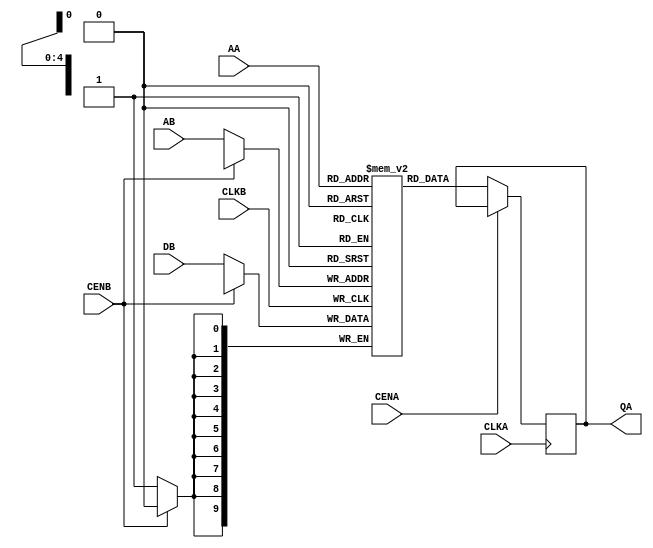
//////////////////////////////////////////////////////////////////////
////                                                              ////
////  Tubo 8051 cores common library Module                       ////
////                                                              ////
////  This file is part of the Turbo 8051 cores project           ////
////  http://www.opencores.org/cores/turbo8051/                   ////
////                                                              ////
////  Description                                                 ////
////  Turbo 8051 definitions.                                     ////
////                                                              ////
////  To Do:                                                      ////
////    nothing                                                   ////
////                                                              ////
////  Author(s):                                                  ////
////      - Dinesh Annayya, dinesha@opencores.org                 ////
////                                                              ////
//////////////////////////////////////////////////////////////////////
////                                                              ////
//// Copyright (C) 2000 Authors and OPENCORES.ORG                 ////
////                                                              ////
//// This source file may be used and distributed without         ////
//// restriction provided that this copyright statement is not    ////
//// removed from the file and that any derivative work contains  ////
//// the original copyright notice and the associated disclaimer. ////
////                                                              ////
//// This source file is free software; you can redistribute it   ////
//// and/or modify it under the terms of the GNU Lesser General   ////
//// Public License as published by the Free Software Foundation; ////
//// either version 2.1 of the License, or (at your option) any   ////
//// later version.                                               ////
////                                                              ////
//// This source is distributed in the hope that it will be       ////
//// useful, but WITHOUT ANY WARRANTY; without even the implied   ////
//// warranty of MERCHANTABILITY or FITNESS FOR A PARTICULAR      ////
//// PURPOSE.  See the GNU Lesser General Public License for more ////
//// details.                                                     ////
////                                                              ////
//// You should have received a copy of the GNU Lesser General    ////
//// Public License along with this source; if not, download it   ////
//// from http://www.opencores.org/lgpl.shtml                     ////
////                                                              ////
//////////////////////////////////////////////////////////////////////

module sfifo (QA,CLKA,CENA,AA,CLKB,CENB,AB,DB);

parameter  DW  = 10; // Data Width
parameter  AW  = 5;  // Address Width
parameter  FW  = 32; // FIFO DEPTH

output [DW-1:0] QA;

input           CLKA;
input           CENA;
input [AW-1:0]  AA;
input           CLKB;
input           CENB;
input [AW-1:0]  AB;
input [DW-1:0]  DB;

reg [DW-1:0] QA;
reg [DW-1:0] ram [FW-1:0];

always @ (posedge CLKB)
begin
  if (!CENB)
    ram[AB] <= DB;
end

always @ (posedge CLKA)
begin
  if (!CENA)
    QA <= ram[AA];
end

endmodule